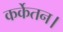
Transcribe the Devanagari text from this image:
कर्केतन।